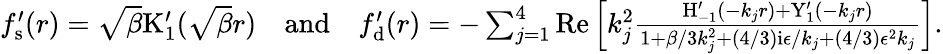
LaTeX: \begin{array}{r}{f_{\mathrm{s}}^{\prime}(r)=\sqrt{\beta}\mathrm{K}_{1}^{\prime}(\sqrt{\beta}r)\quad\mathrm{and}\quad f_{\mathrm{d}}^{\prime}(r)=-\sum_{j=1}^{4}\mathrm{Re}\left[k_{j}^{2}\frac{\mathrm{H}_{-1}^{\prime}(-k_{j}r)+\mathrm{Y}_{1}^{\prime}(-k_{j}r)}{1+\beta/3k_{j}^{2}+(4/3)\mathrm{i}\epsilon/k_{j}+(4/3)\epsilon^{2}k_{j}}\right].}\end{array}